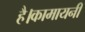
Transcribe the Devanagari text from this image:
है।कामायनी